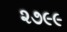
૨૭૯૯